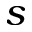
s